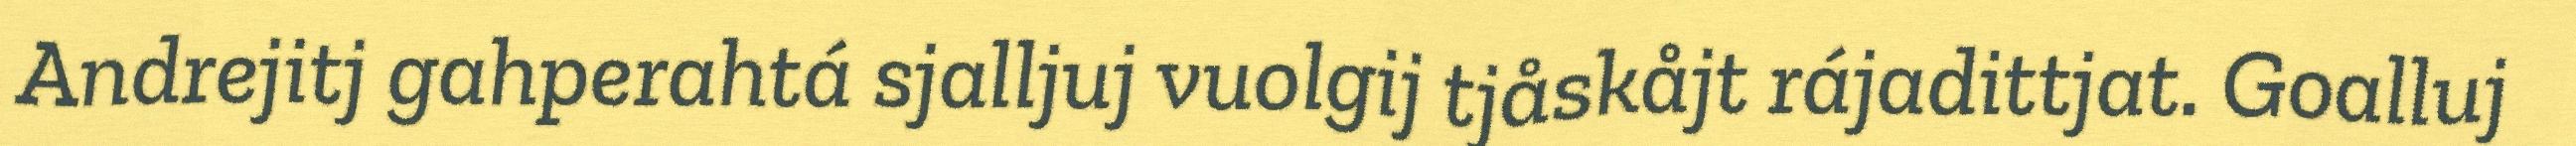
Andrejitj gahperahtá sjalljuj vuolgij tjåskåjt rájadittjat. Goalluj